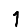
Digit: 1